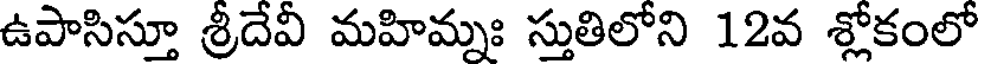
ఉపాసిస్తూ శ్రీదేవీ మహిమ్నః స్తుతిలోని 12వ శ్లోకంలో